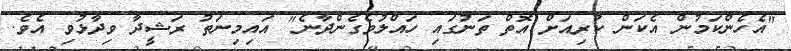
"އެހެންކަމުން އެކަން ކުރިއަށް އޮތް ތަނުގައި ހައްލުވެގެންދާނެ" އައިމިނަތު ރަޝީދާ ވިދާޅުވި އެވެ.